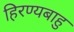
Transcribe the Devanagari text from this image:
हिरण्यबाहु